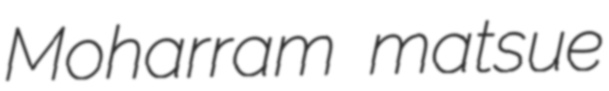
Moharram matsue